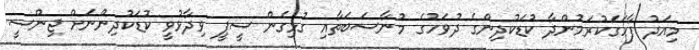
މިއަދު ފާހަގަކުރަމުންދާ ކުޑަކުދިންގެ ދުވަހުގެ މުނާސަބަތާއި ގުޅިގެން ސީޕީ ވިދާޅުވީ ކުޑަކުދިންނަށް ޖިންސީ